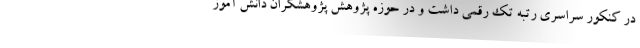
در کنکور سراسری رتبه تک رقمی داشت و در حوزه پژوهش پژوهشگران دانش آموز